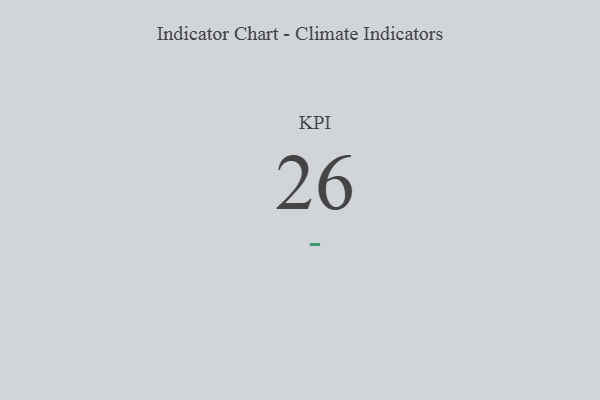
{"axis": {"x": "KPI", "y": "Value"}, "legend": [""], "data": [{"x": "KPI", "y": 26, "type": ""}]}